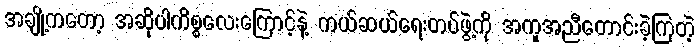
အချို့ကတော့ အဆိုပါကိစ္စလေးကြောင့်နဲ့ ကယ်ဆယ်ရေးတပ်ဖွဲ့ကို အကူအညီတောင်းခဲ့ကြတဲ့